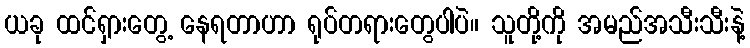
ယခု ထင်ရှားတွေ့ နေရတာဟာ ရုပ်တရားတွေပါပဲ။ သူတို့ကို အမည်အသီးသီးနဲ့